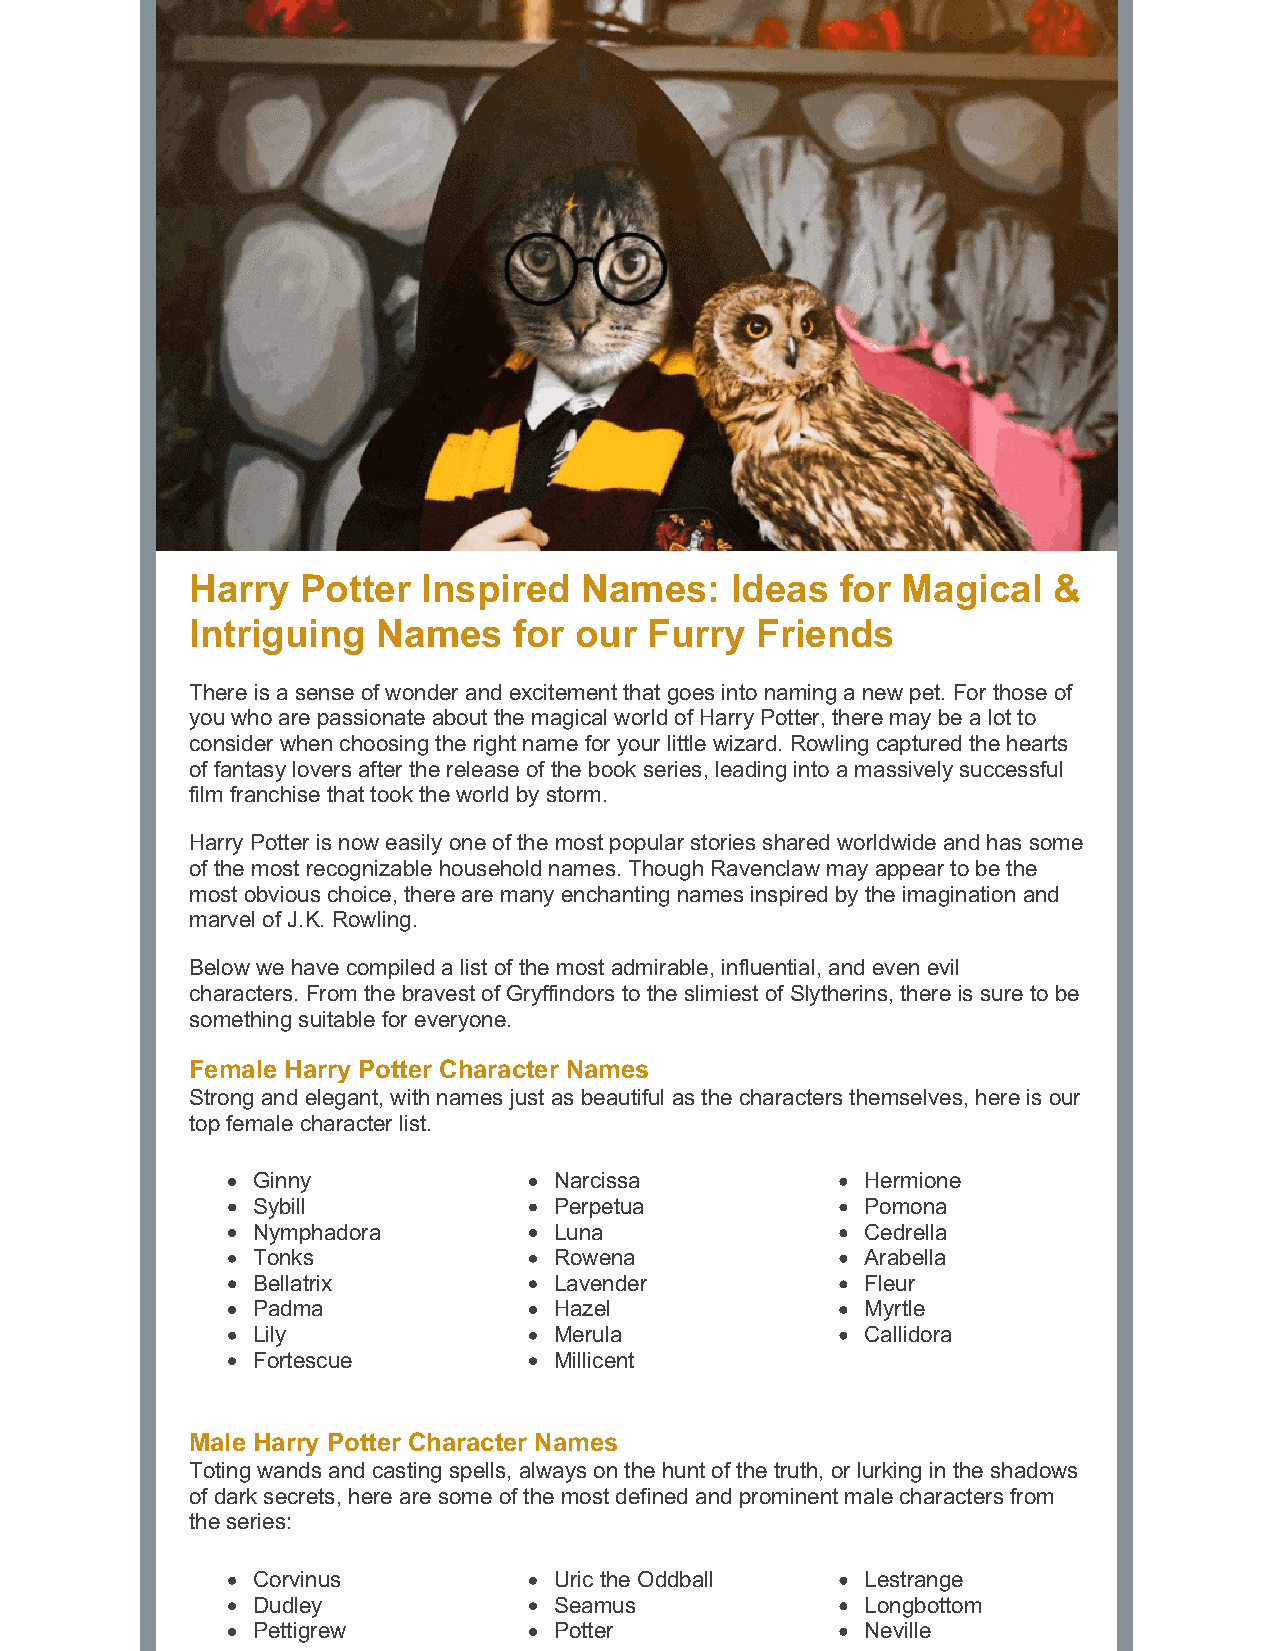
Harry  Potter  Inspired  Names:    Ideas   for Magical   &
 Intriguing  Names    for our  Furry  Friends
 There is a sense of wonder and excitement that goes into naming a new pet. For those of
 you who are passionate about the magical world of Harry Potter, there may be a lot to
 consider when choosing the right name for your little wizard. Rowling captured the hearts
 of fantasy lovers after the release of the book series, leading into a massively successful
 film franchise that took the world by storm.
 Harry Potter is now easily one of the most popular stories shared worldwide and has some
 of the most recognizable household names. Though Ravenclaw may appear to be the
 most obvious choice, there are many enchanting names inspired by the imagination and
 marvel of J.K. Rowling.
 Below we have compiled a list of the most admirable, influential, and even evil
 characters. From the bravest of Gryffindors to the slimiest of Slytherins, there is sure to be
 something suitable for everyone.
 Female Harry Potter Character Names
 Strong and elegant, with names just as beautiful as the characters themselves, here is our
 top female character list.
 Ginny               Narcissa            Hermione
 Sybill              Perpetua            Pomona
 Nymphadora          Luna                Cedrella
 Tonks               Rowena              Arabella
 Bellatrix           Lavender            Fleur
 Padma               Hazel               Myrtle
 Lily                Merula              Callidora
 Fortescue           Millicent
 Male Harry Potter Character Names
 Toting wands and casting spells, always on the hunt of the truth, or lurking in the shadows
 of dark secrets, here are some of the most defined and prominent male characters from
 the series:
 Corvinus            Uric the Oddball    Lestrange
 Dudley              Seamus              Longbottom
 Pettigrew           Potter              Neville